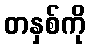
တနှစ်ကို